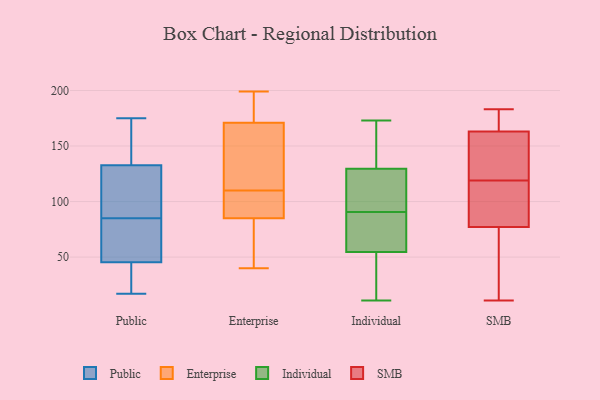
{"axis": {"x": "Energy Usage (MWh)", "y": "Value"}, "legend": ["Enterprise", "Individual", "Public", "SMB"], "data": [{"x": "", "y": 108, "type": "Public"}, {"x": "", "y": 52, "type": "Public"}, {"x": "", "y": 85, "type": "Public"}, {"x": "", "y": 175, "type": "Public"}, {"x": "", "y": 166, "type": "Public"}, {"x": "", "y": 103, "type": "Public"}, {"x": "", "y": 72, "type": "Public"}, {"x": "", "y": 17, "type": "Public"}, {"x": "", "y": 34, "type": "Public"}, {"x": "", "y": 141, "type": "Public"}, {"x": "", "y": 43, "type": "Public"}, {"x": "", "y": 198, "type": "Enterprise"}, {"x": "", "y": 40, "type": "Enterprise"}, {"x": "", "y": 171, "type": "Enterprise"}, {"x": "", "y": 129, "type": "Enterprise"}, {"x": "", "y": 182, "type": "Enterprise"}, {"x": "", "y": 87, "type": "Enterprise"}, {"x": "", "y": 151, "type": "Enterprise"}, {"x": "", "y": 119, "type": "Enterprise"}, {"x": "", "y": 85, "type": "Enterprise"}, {"x": "", "y": 101, "type": "Enterprise"}, {"x": "", "y": 199, "type": "Enterprise"}, {"x": "", "y": 62, "type": "Enterprise"}, {"x": "", "y": 93, "type": "Enterprise"}, {"x": "", "y": 63, "type": "Enterprise"}, {"x": "", "y": 88, "type": "Individual"}, {"x": "", "y": 11, "type": "Individual"}, {"x": "", "y": 130, "type": "Individual"}, {"x": "", "y": 40, "type": "Individual"}, {"x": "", "y": 80, "type": "Individual"}, {"x": "", "y": 16, "type": "Individual"}, {"x": "", "y": 73, "type": "Individual"}, {"x": "", "y": 128, "type": "Individual"}, {"x": "", "y": 129, "type": "Individual"}, {"x": "", "y": 22, "type": "Individual"}, {"x": "", "y": 97, "type": "Individual"}, {"x": "", "y": 134, "type": "Individual"}, {"x": "", "y": 69, "type": "Individual"}, {"x": "", "y": 162, "type": "Individual"}, {"x": "", "y": 104, "type": "Individual"}, {"x": "", "y": 93, "type": "Individual"}, {"x": "", "y": 14, "type": "Individual"}, {"x": "", "y": 70, "type": "Individual"}, {"x": "", "y": 153, "type": "Individual"}, {"x": "", "y": 173, "type": "Individual"}, {"x": "", "y": 164, "type": "SMB"}, {"x": "", "y": 86, "type": "SMB"}, {"x": "", "y": 84, "type": "SMB"}, {"x": "", "y": 107, "type": "SMB"}, {"x": "", "y": 70, "type": "SMB"}, {"x": "", "y": 183, "type": "SMB"}, {"x": "", "y": 162, "type": "SMB"}, {"x": "", "y": 11, "type": "SMB"}, {"x": "", "y": 137, "type": "SMB"}, {"x": "", "y": 179, "type": "SMB"}, {"x": "", "y": 62, "type": "SMB"}, {"x": "", "y": 131, "type": "SMB"}]}